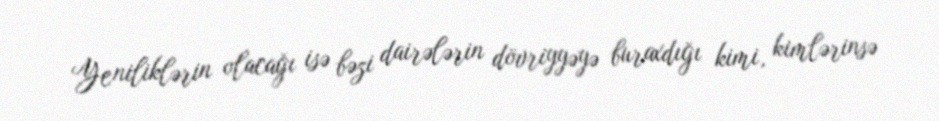
Yeniliklərin olacağı isə bəzi dairələrin dövriyyəyə buraxdığı kimi, kimlərinsə